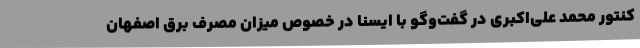
کنتور محمد علی‌اکبری در گفت‌وگو با ایسنا در خصوص میزان مصرف برق اصفهان